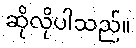
ဆိုလိုပါသည်။